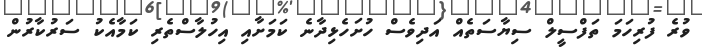
ވުރެ ފުރިހަމަ ތަފްސީލް ސިޔާސަތެއް އަދިވެސް ހުށަހެޅިދާނެ ކަމަށާއި އިހުލާސްތެރި ކަމާއެކު ސަރުކާރުން